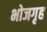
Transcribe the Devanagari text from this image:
भोजगृह